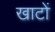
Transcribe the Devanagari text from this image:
खाटों